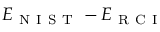
E _ { \mathrm { ~ N ~ I ~ S ~ T ~ } } - E _ { \mathrm { ~ R ~ C ~ I ~ } }